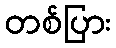
တစ်ပြား